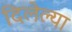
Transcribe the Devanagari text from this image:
दिलेल्‍या